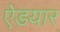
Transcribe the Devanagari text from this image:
ऐडयार